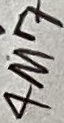
Text: 4M7